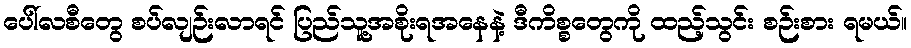
ပေါ်လစီတွေ စပ်လျဉ်းလာရင် ပြည်သူ့အစိုးရအနေနဲ့ ဒီကိစ္စတွေကို ထည့်သွင်း စဉ်းစား ရမယ်။